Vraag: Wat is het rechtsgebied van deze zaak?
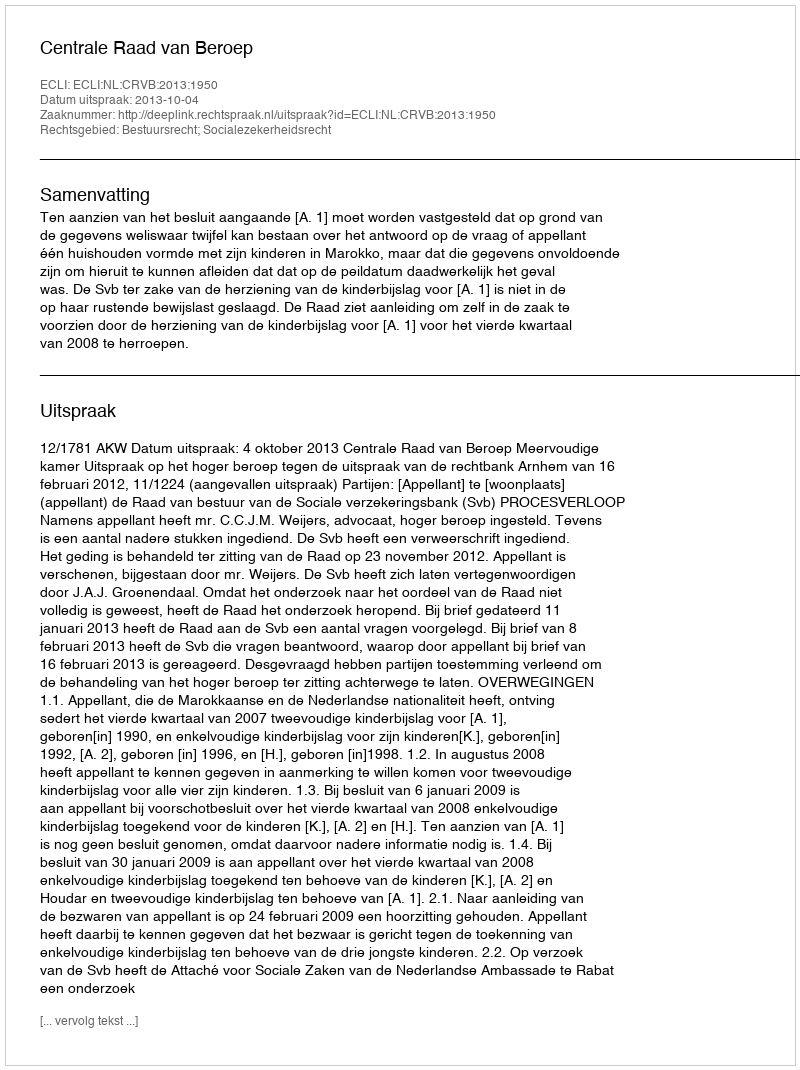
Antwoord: Bestuursrecht; Socialezekerheidsrecht